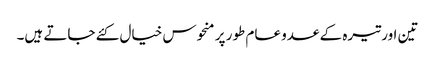
تین اور تیرہ کے عدو عام طور پر منحوس خیال کئے جاتے ہیں۔